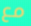
مع